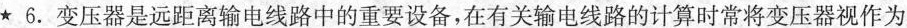
★ 6. 变压器是远距离输电线路中的重要设备，在有关输电线路的计算时常将变压器视作为